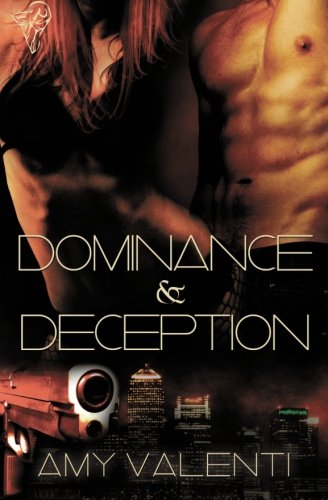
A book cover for Dominance and Deception; Amy Valenti; Romance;